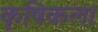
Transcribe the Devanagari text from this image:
कृषिकला